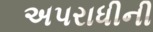
અપરાધીની